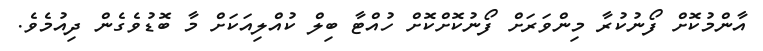
އާންމުކޮށް ފޯނުކުރާ މިންވަރަށް ފޯނުކޮށްކޮށް ހުއްޓާ ބިލް ކުއްލިއަކަށް މާ ބޮޑުވެގެން ދިއުމެވެ.